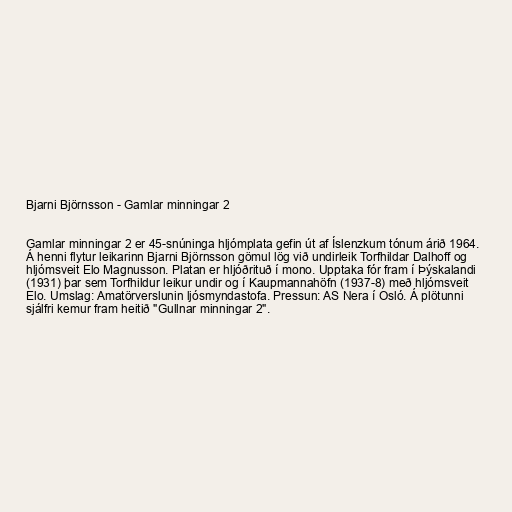
Bjarni Björnsson - Gamlar minningar 2

Gamlar minningar 2 er 45-snúninga hljómplata gefin út af Íslenzkum tónum árið 1964.
Á henni flytur leikarinn Bjarni Björnsson gömul lög við undirleik Torfhildar Dalhoff og
hljómsveit Elo Magnusson. Platan er hljóðrituð í mono. Upptaka fór fram í Þýskalandi
(1931) þar sem Torfhildur leikur undir og í Kaupmannahöfn (1937-8) með hljómsveit
Elo. Umslag: Amatörverslunin ljósmyndastofa. Pressun: AS Nera í Osló. Á plötunni
sjálfri kemur fram heitið "Gullnar minningar 2".